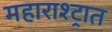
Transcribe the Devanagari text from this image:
महाराश्ट्रात